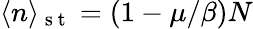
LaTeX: \langle n\rangle_{\mathrm{~s~t~}}=(1-\mu/\beta)N